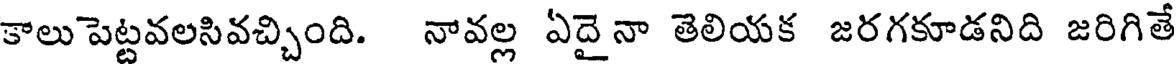
కాలుపెట్టవలసివచ్చింది. నావల్ల ఏదైనా తెలియక జరగకూడనిది జరిగితే